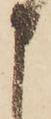
申